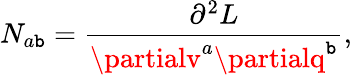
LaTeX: N_{a\mathtt{b}}=\frac{{\partial^{2}L}}{{\partialv^{a}\partialq^{\mathtt{b}}}},